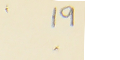
19